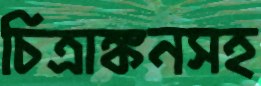
চিত্রাঙ্কনসহ